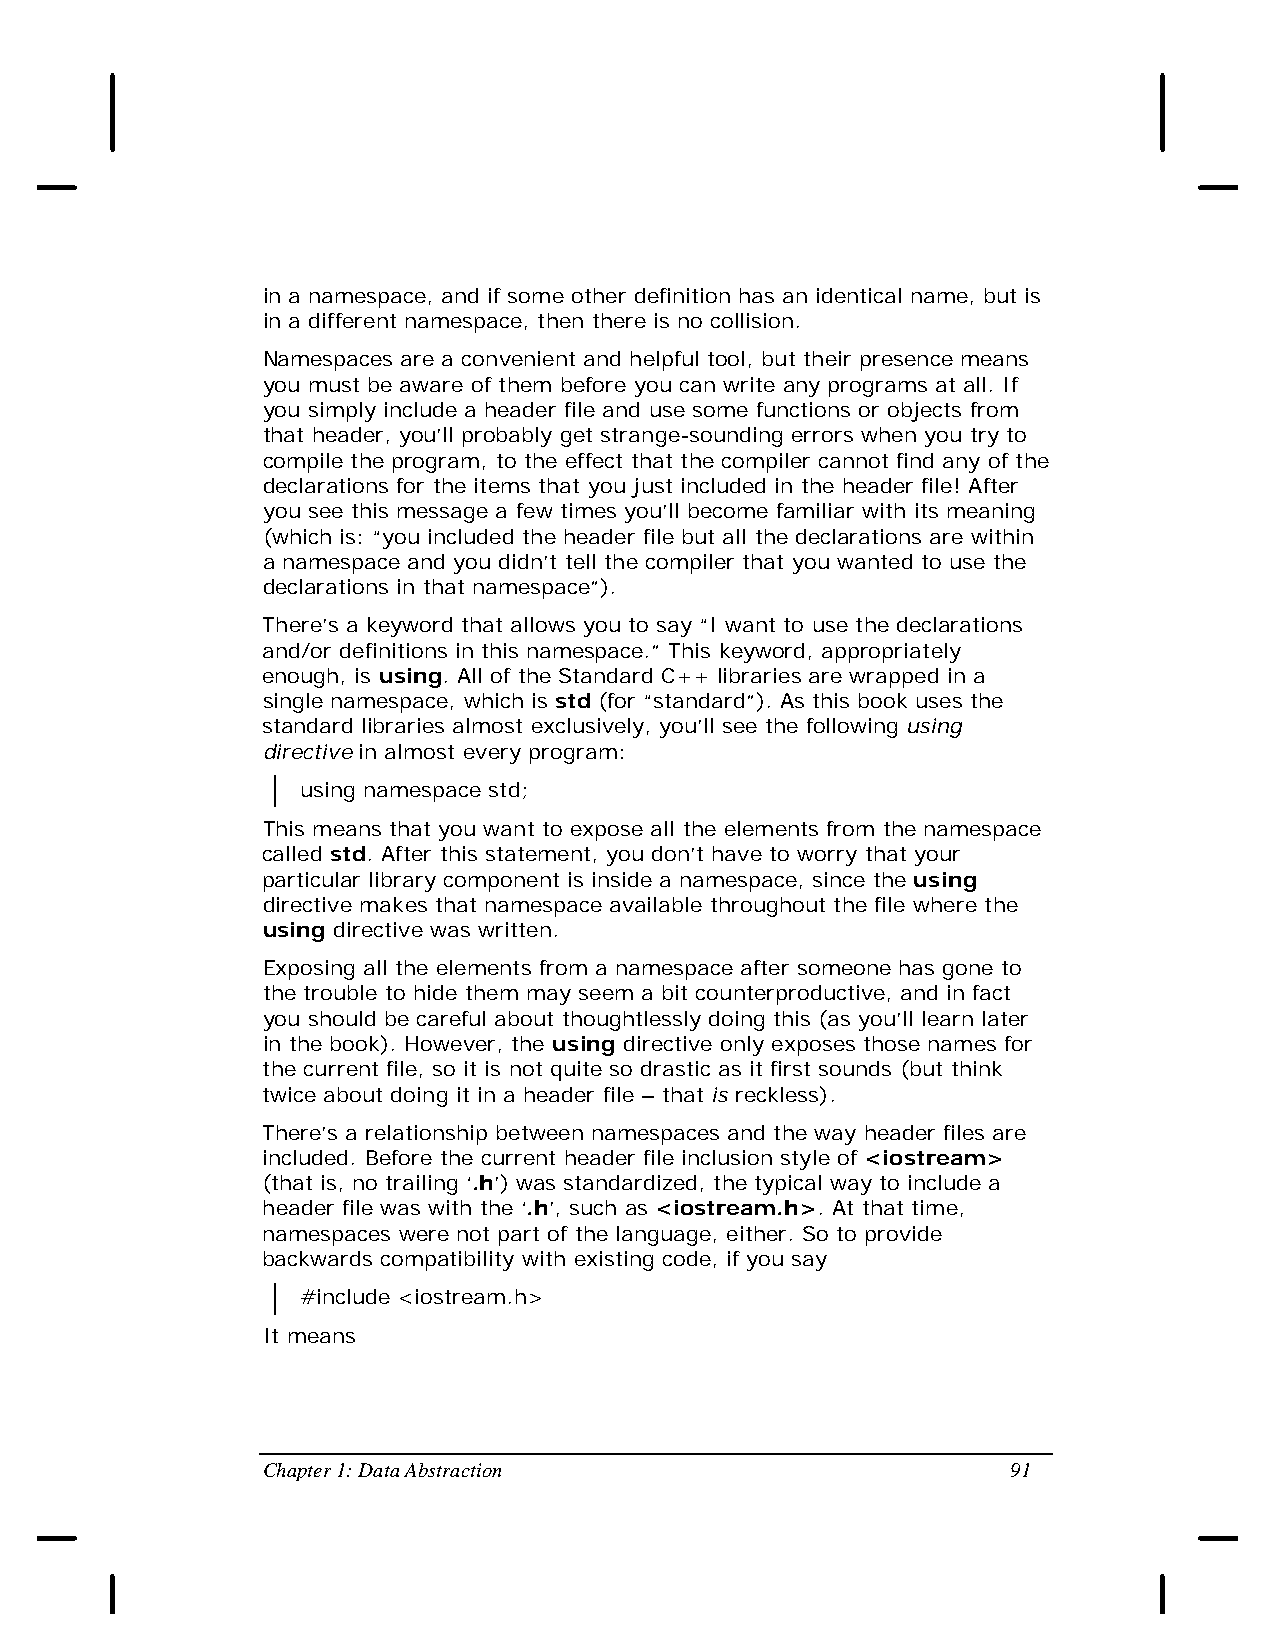
in a namespace, and if some other definition has an identical name, but is
 in a different namespace, then there is no collision.
 Namespaces are a convenient and helpful tool, but their presence means
 you must be aware of them before you can write any programs at all. If
 you simply include a header file and use some functions or objects from
 that header, you’ll probably get strange-sounding errors when you try to
 compile the program, to the effect that the compiler cannot find any of the
 declarations for the items that you just included in the header file! After
 you see this message a few times you’ll become familiar with its meaning
 (which is: “you included the header file but all the declarations are within
 a namespace and you didn’t tell the compiler that you wanted to use the
 declarations in that namespace”).
 There’s a keyword that allows you to say “I want to use the declarations
 and/or definitions in this namespace.” This keyword, appropriately
 enough, is using. All of the Standard C++ libraries are wrapped in a
 single namespace, which is std (for “standard”). As this book uses the
 standard libraries almost exclusively, you’ll see the following using
 directive in almost every program:
 using namespace std;
 This means that you want to expose all the elements from the namespace
 called std. After this statement, you don’t have to worry that your
 particular library component is inside a namespace, since the using
 directive makes that namespace available throughout the file where the
 using directive was written.
 Exposing all the elements from a namespace after someone has gone to
 the trouble to hide them may seem a bit counterproductive, and in fact
 you should be careful about thoughtlessly doing this (as you’ll learn later
 in the book). However, the using directive only exposes those names for
 the current file, so it is not quite so drastic as it first sounds (but think
 twice about doing it in a header file – that is reckless).
 There’s a relationship between namespaces and the way header files are
 included. Before the current header file inclusion style of <iostream>
 (that is, no trailing ‘.h’) was standardized, the typical way to include a
 header file was with the ‘.h’, such as <iostream.h>. At that time,
 namespaces were not part of the language, either. So to provide
 backwards compatibility with existing code, if you say
 #include <iostream.h>
 It means
 Chapter 1: Data Abstraction                       91